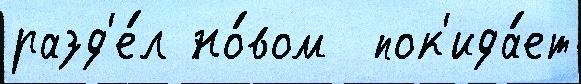
разд'е́л но́вом  пок'ида́ет